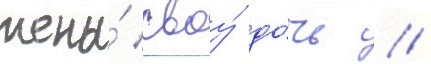
жены́ своу́ до́чь //